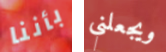
بأننا ويجعلني